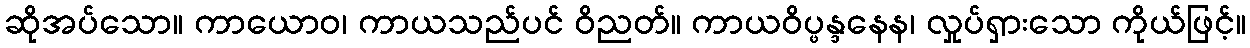
ဆိုအပ်သော။ ကာယောဝ၊ ကာယသည်ပင် ဝိညတ်။ ကာယဝိပ္ဖန္ဒနေန၊ လှုပ်ရှားသော ကိုယ်ဖြင့်။